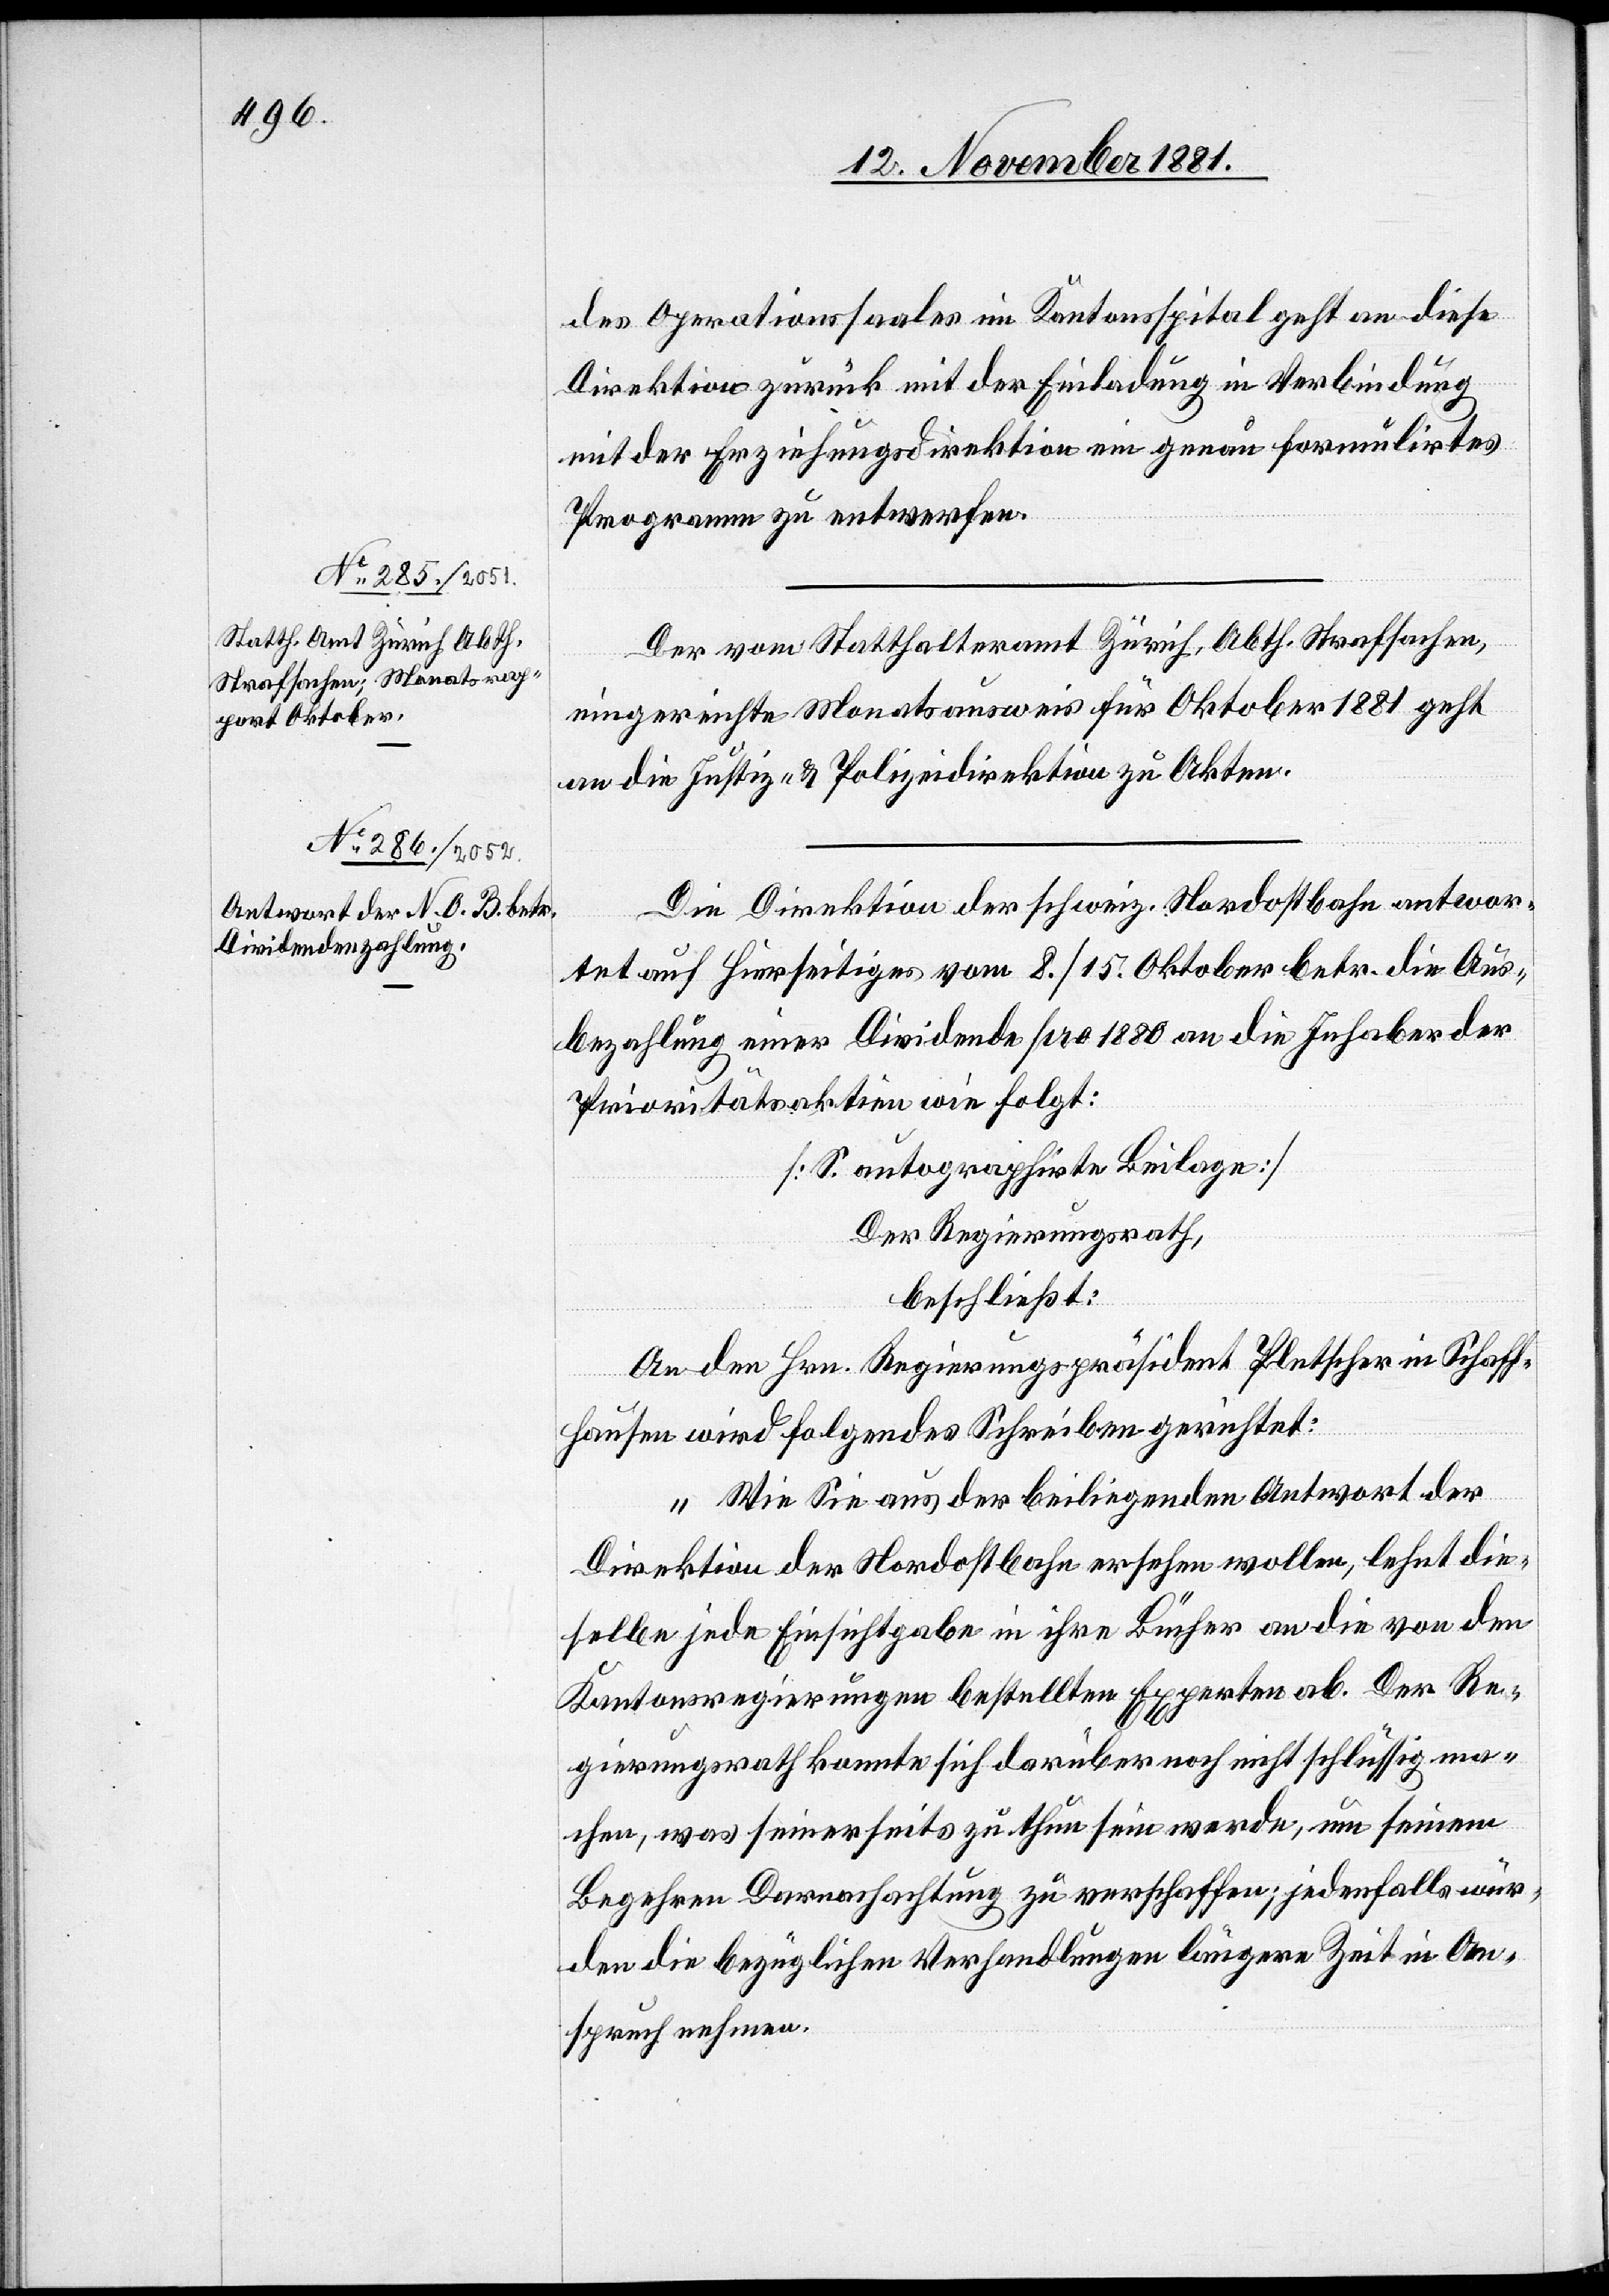
des Operationssaales im Kantonsspital geht an diese
Direktion zurück mit der Einladung in Verbindung
mit der Erziehungsdirektion ein genau formulirtes
Programm zu entwerfen.
Der vom Statthalteramt Zürich, Abth. Strafsachen,
eingereichte Monatsausweis für Oktober 1881 geht
an die Justiz- & Polizeidirektion zu Akten.
Die Direktion der schweiz. Nordostbahn antwor¬
tet auf hierseitiges vom 8./15. Oktober betr. die Aus¬
bezahlung einer Dividende pro 1880 an die Inhaber der
Prioritätsaktien wie folgt:
[S. autographirte Beilage]
Der Regierungsrath,
beschließt:
An den Hrn. Regierungspräsident Pletscher in Schaff¬
hausen wird folgendes Schreiben gerichtet:
„Wie Sie aus der beiliegenden Antwort der
Direktion der Nordostbahn ersehen wollen, lehnt die¬
selbe jede Einsichtgabe in ihre Bücher an die von den
Kantonsregierungen bestellten Experten ab. Der Re¬
gierungsrath konnte sich darüber noch nicht schlüssig ma¬
chen, was seinerseits zu thun sein werde, um seinem
Begehren Darnachachtung zu verschaffen; jedenfalls wür¬
de die bezüglichen Verhandlungen längere Zeit in An¬
spruch nehmen.